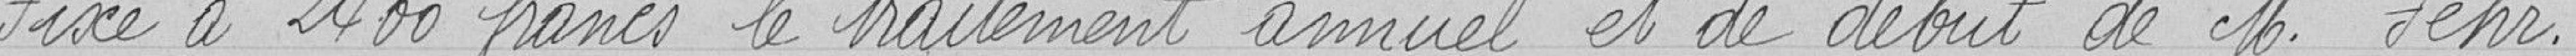
Fixe à 2400 francs le traitement annuel et de début de M. Fehr.